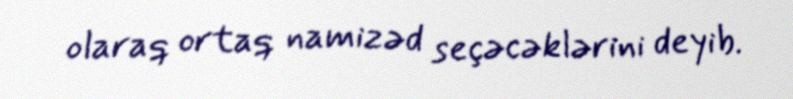
olaraq ortaq namizəd seçəcəklərini deyib.